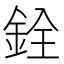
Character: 銓